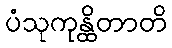
ပံသုကုန္ထိတာတိ